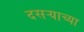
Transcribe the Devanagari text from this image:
दसऱ्‍याच्या